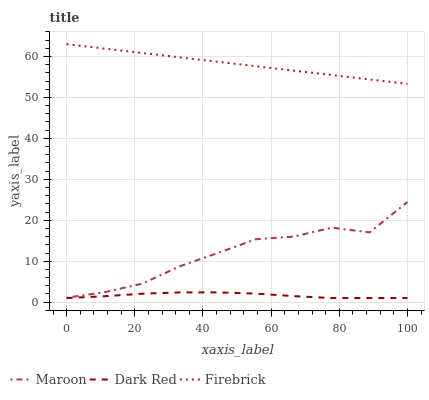
| xaxis_label | Maroon | Dark Red | Firebrick |
 | --- | --- | --- | --- |
 | 0 | 1.1 | 1 | 63 |
 | 11.1 | 2.43 | 1.45 | 61.9 |
 | 22.2 | 4.53 | 2.07 | 60.8 |
 | 33.3 | 8.81 | 2.38 | 59.8 |
 | 44.4 | 12 | 2.39 | 58.7 |
 | 55.6 | 15.4 | 2.08 | 57.6 |
 | 66.7 | 16 | 1.47 | 56.5 |
 | 77.8 | 18.2 | 1 | 55.5 |
 | 88.9 | 17 | 1 | 54.4 |
 | 100 | 24.5 | 1 | 53.3 |